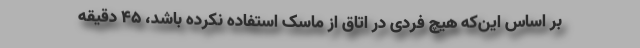
بر اساس این‌که هیچ فردی در اتاق از ماسک استفاده نکرده باشد، ۴۵ دقیقه